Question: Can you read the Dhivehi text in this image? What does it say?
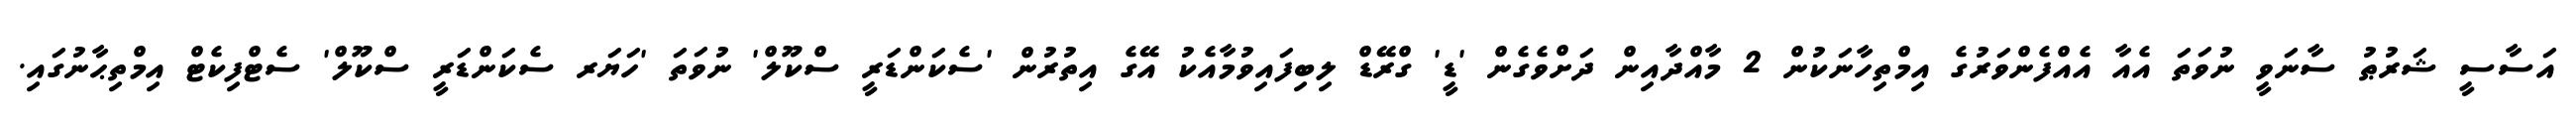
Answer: އަސާސީ ޝަރުޠު ސާނަވީ ނުވަތަ އެއާ އެއްފެންވަރުގެ އިމްތިހާނަކުން 2 މާއްދާއިން ދަށްވެގެން 'ޑީ' ގްރޭޑް ލިބިފައިވުމާއެކު އޭގެ އިތުރުން 'ސެކަންޑަރީ ސްކޫލް' ނުވަތަ 'ހަޔަރ ސެކަންޑަރީ ސްކޫލް' ސެޓްފިކެޓް އިމްތިޙާނުގައި.